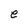
Character: e